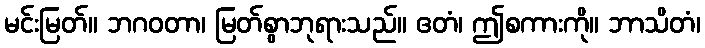
မင်းမြတ်။ ဘဂဝတာ၊ မြတ်စွာဘုရားသည်။ ဧတံ၊ ဤစကားကို။ ဘာသိတံ၊